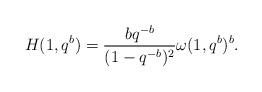
LaTeX: \begin{align*} H(1,q^b) = \frac{bq^{-b}}{(1-q^{-b})^2}\omega(1,q^b)^b. \end{align*}